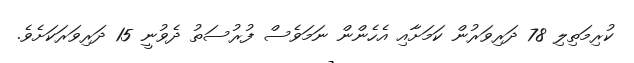
ކުރިމަތިލި 78 ދަރިވަރުން ކަމަށާއި އެހެންން ނަމަވެސް ފުރުސަތު ދެވުނީ 15 ދަރިވަރަކަށެވެ.